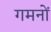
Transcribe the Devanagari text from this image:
गमनों